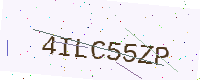
Text: 4ILC55ZP